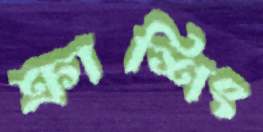
ক্রাশিং